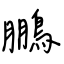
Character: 鵬